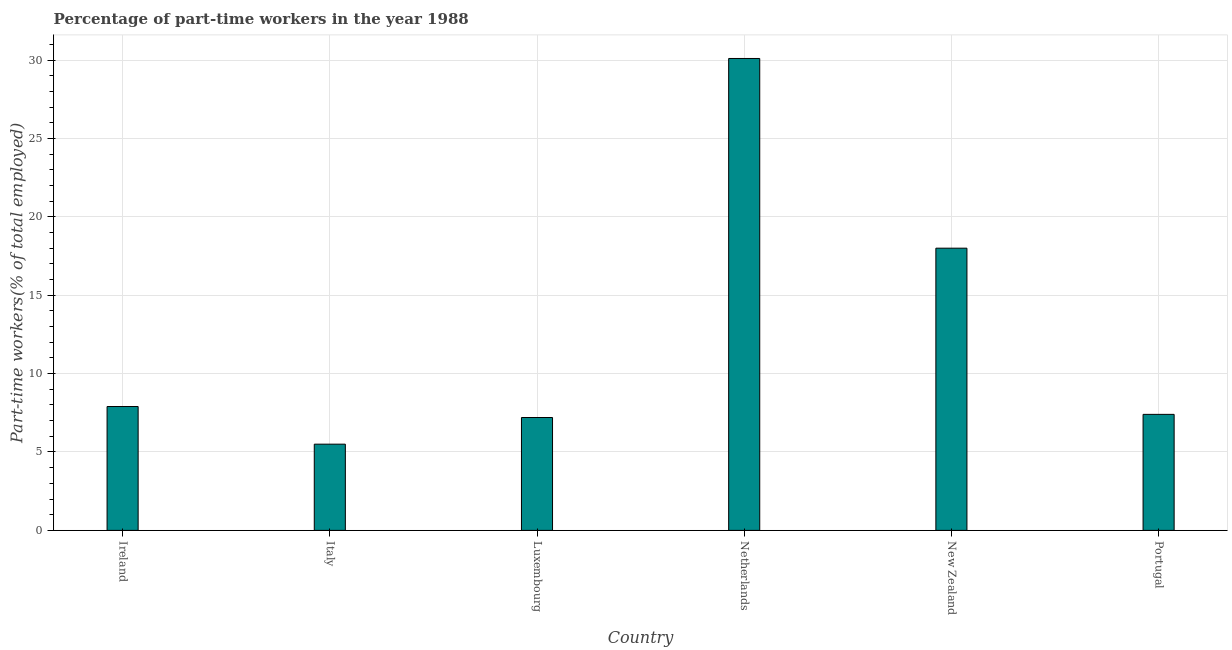
| Country | Part time employment |
 | --- | --- |
 | Ireland | 7.9 |
 | Italy | 5.5 |
 | Luxembourg | 7.2 |
 | Netherlands | 30.1 |
 | New Zealand | 18 |
 | Portugal | 7.4 |